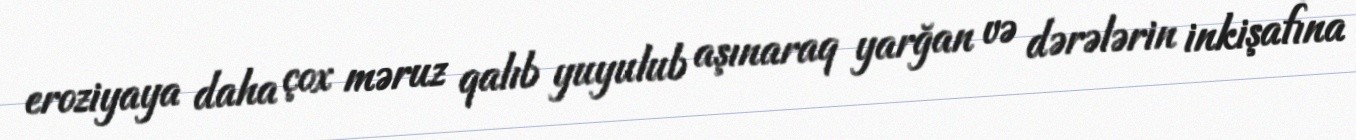
eroziyaya daha çox məruz qalıb yuyulub aşınaraq yarğan və dərələrin inkişafına